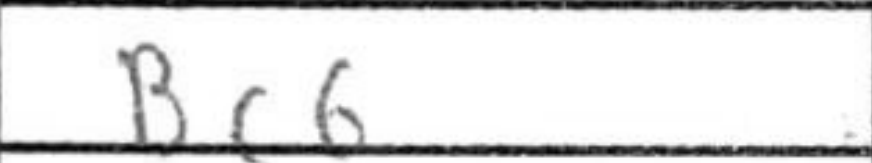
Transcription: Bc6